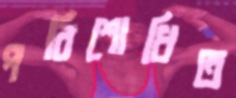
পরিশোধিত